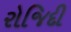
રોજિદી